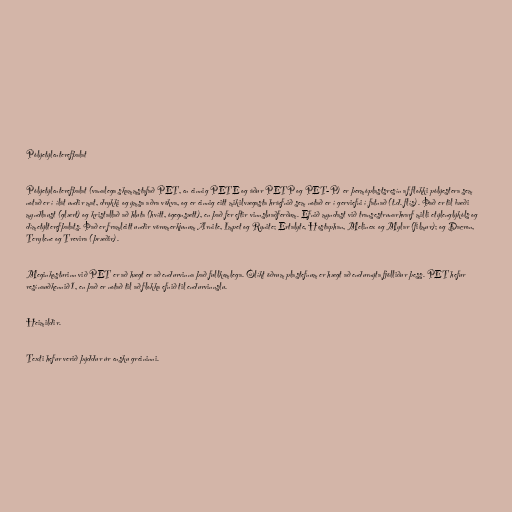
Pólýetýlenterefþalat

Pólýetýlenterefþalat (vanalega skammstafað PET, en einnig PETE og áður PETP og PET-P) er þermóplastsresín af flokki pólýestera sem
notað er í ílát undir mat, drykki og ýmsa aðra vökva, og er einnig eitt mikilvægasta hráefnið sem notað er í gerviefni í fatnað (t.d. flís). Það er til bæði
myndlaust (glært) og kristallað að hluta (hvítt, ógegnsætt), en það fer eftir vinnsluaðferðum. Efnið myndast við transestrunarhvarf milli etýlenglýkóls og
dímetýlterefþalats. Það er framleitt undir vörumerkjunum Arnite, Impet og Rynite; Ertalyte, Hostaphan, Melinex og Mylar (filmur); og Dacron,
Terylene og Trevira (þræðir).

Meginkosturinn við PET er að hægt er að endurvinna það fullkomlega. Ólíkt öðrum plastefnum er hægt að endurnýta fjölliður þess. PET hefur
resínauðkennið 1, en það er notað til að flokka efnið til endurvinnslu.

Heimildir.

Texti hefur verið þýddur úr ensku greininni.